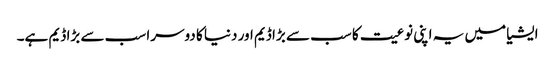
ایشیا میں یہ اپنی نوعیت کا سب سے بڑا ڈیم اور دنیا کا دوسرا سب سے بڑا ڈیم ہے۔